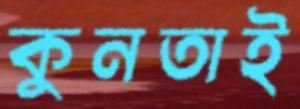
কুনতাই